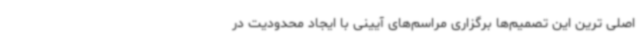
اصلی ترین این تصمیم‌ها برگزاری مراسم‌های آیینی با ایجاد محدودیت در